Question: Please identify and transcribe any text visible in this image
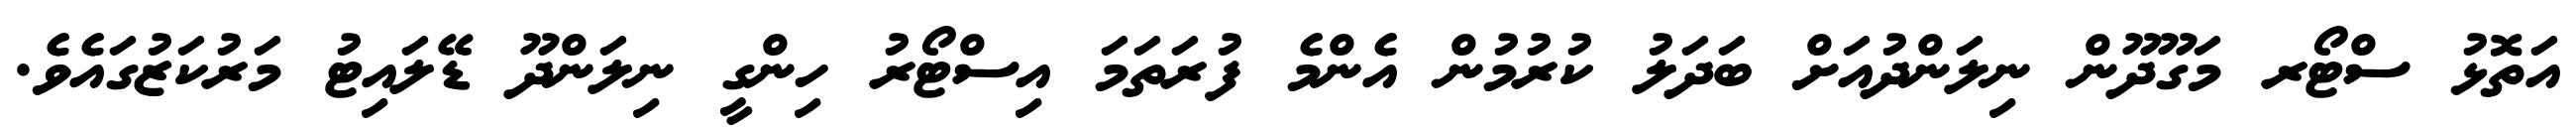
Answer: އަތޮޅު ސްޓޯރ މަގޫދޫން ނިލަންދުއަށް ބަދަލު ކުރުމުން އެންމެ ފުރަތަމަ އިސްޓޯރު ހިންގީ ނިލަންދޫ ޑޭލައިޓު މަރުކަޒުގައެވެ.